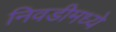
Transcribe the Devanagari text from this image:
निवडीमध्ये